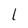
Character: 1